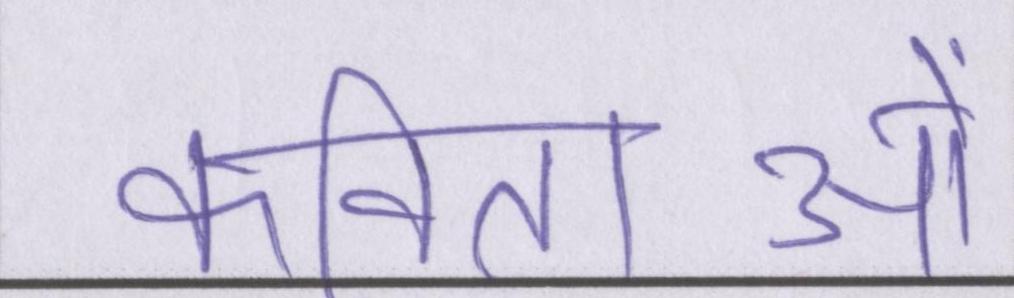
कविताओं